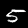
Digit: 5